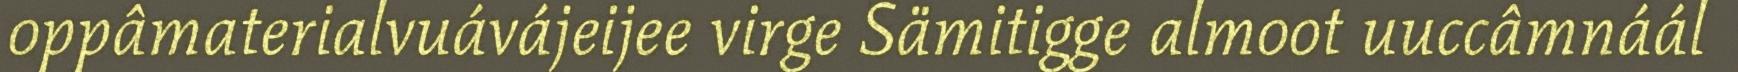
oppâmaterialvuávájeijee virge Sämitigge almoot uuccâmnáál